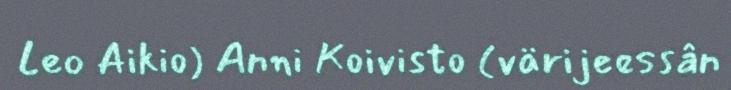
Leo Aikio) Anni Koivisto (värijeessân